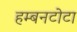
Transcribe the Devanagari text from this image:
हम्बनटोटा